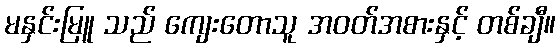
မနှင်းမြူ သည် ကျေးတောသူ အဝတ်အစားနှင့် တစ်ချီ။